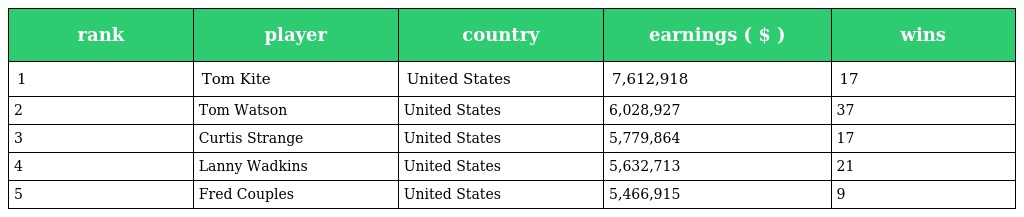
| rank | player | country | earnings ( $ ) | wins |
 | --- | --- | --- | --- | --- |
 | 1 | Tom Kite | United States | 7,612,918 | 17 |
 | 2 | Tom Watson | United States | 6,028,927 | 37 |
 | 3 | Curtis Strange | United States | 5,779,864 | 17 |
 | 4 | Lanny Wadkins | United States | 5,632,713 | 21 |
 | 5 | Fred Couples | United States | 5,466,915 | 9 |